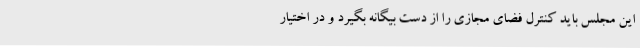
این مجلس باید کنترل فضای مجازی را از دست بیگانه بگیرد و در اختیار